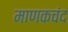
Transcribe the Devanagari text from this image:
माणकचंद